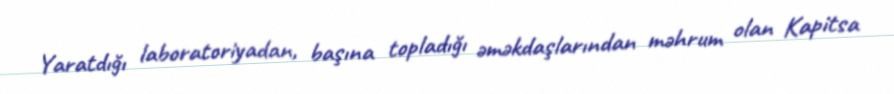
Yaratdığı laboratoriyadan, başına topladığı əməkdaşlarından məhrum olan Kapitsa